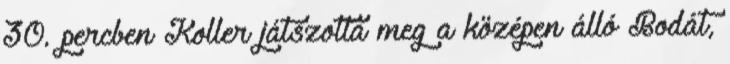
30. percben Koller játszotta meg a középen álló Bodát,